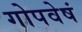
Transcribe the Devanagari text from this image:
गोपवेषं